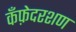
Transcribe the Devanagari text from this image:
कँफ़ेदरशण